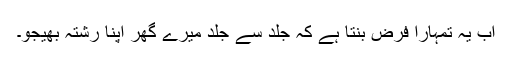
اب یہ تمہارا فرض بنتا ہے کہ جلد سے جلد میرے گھر اپنا رشتہ بھیجو۔